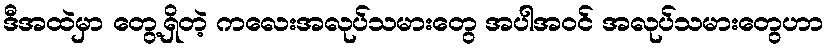
ဒီအထဲမှာ တွေ့ရှိတဲ့ ကလေးအလုပ်သမားတွေ အပါအဝင် အလုပ်သမားတွေဟာ